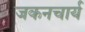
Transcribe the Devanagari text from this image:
जकनचार्य